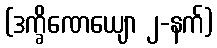
(ဒက္ခိဏေယျော ၂-နက်)